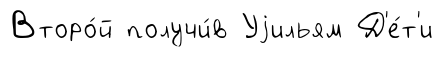
Второ́й получи́в Уjильям Д'е́т'и